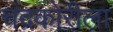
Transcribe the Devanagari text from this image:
चंद्रकोरीला